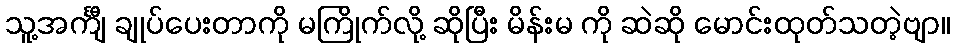
သူ့အင်္ကျီ ချုပ်ပေးတာကို မကြိုက်လို့ ဆိုပြီး မိန်းမ ကို ဆဲဆို မောင်းထုတ်သတဲ့ဗျာ။